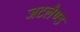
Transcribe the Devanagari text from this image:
जटलैण्ड